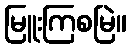
မြူးကြစမြဲ။